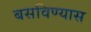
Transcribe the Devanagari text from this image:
बसविण्यास